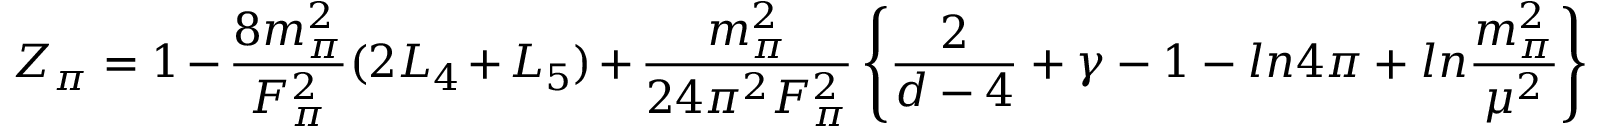
Z _ { \pi } = 1 - { \frac { 8 m _ { \pi } ^ { 2 } } { F _ { \pi } ^ { 2 } } } ( 2 L _ { 4 } + L _ { 5 } ) + { \frac { m _ { \pi } ^ { 2 } } { 2 4 \pi ^ { 2 } F _ { \pi } ^ { 2 } } } \left\{ { \frac { 2 } { d - 4 } } + \gamma - 1 - l n 4 \pi + l n { \frac { m _ { \pi } ^ { 2 } } { \mu ^ { 2 } } } \right\}